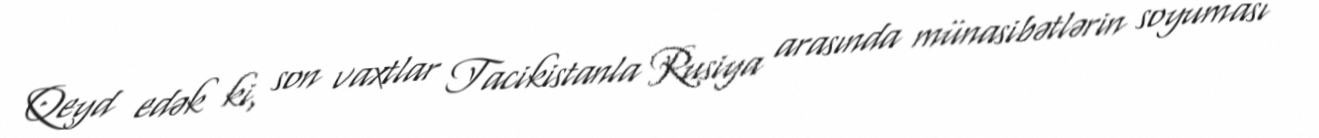
Qeyd edək ki, son vaxtlar Tacikistanla Rusiya arasında münasibətlərin soyuması